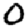
Digit: 0